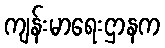
ကျန်းမာရေးဌာနက